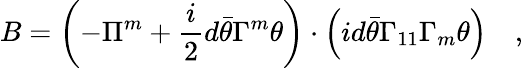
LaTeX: B=\left(-\Pi^{m}+\frac i2d\bar{\theta}\Gamma^{m}\theta\right)\cdot\left(id\bar{\theta}\Gamma_{11}\Gamma_{m}\theta\right)\quad,